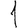
Digit: 1